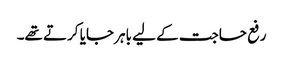
رفع حاجت کے لیے باہر جایا کرتے تھے۔